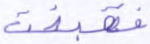
فقبضت